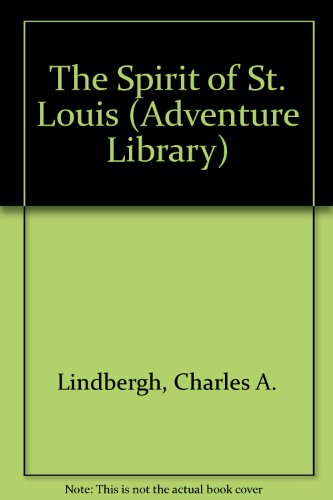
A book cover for The Spirit of St. Louis (Adventure Library); Charles A. Lindbergh; Travel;